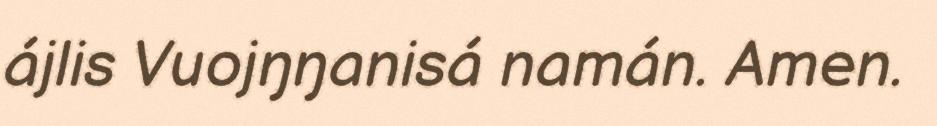
ájlis Vuojŋŋanisá namán. Amen.